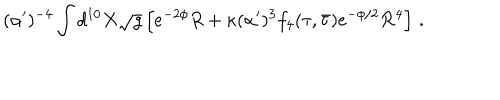
LaTeX: ( \alpha ^ { \prime } ) ^ { - 4 } \int d ^ { 1 0 } X \sqrt { g } \left[ e ^ { - 2 \phi } R + \kappa ( \alpha ^ { \prime } ) ^ { 3 } f _ { 4 } ( \tau , \bar { \tau } ) e ^ { - \phi / 2 } { \cal R } ^ { 4 } \right] \, .